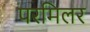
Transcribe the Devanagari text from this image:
परमिलर